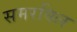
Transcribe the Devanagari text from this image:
समरविल